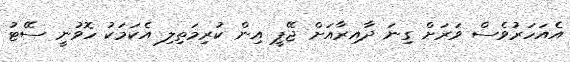
އެއަހަރުވެސް ވަރަށް ގިނަ ދާއިރާއަށް ޖޭޕީ އިން ކުރިމަތިލި އެކަމަކު ހޮވުނީ ސޭޓު